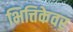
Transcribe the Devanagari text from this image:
भित्तिकेवर